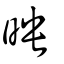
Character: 映